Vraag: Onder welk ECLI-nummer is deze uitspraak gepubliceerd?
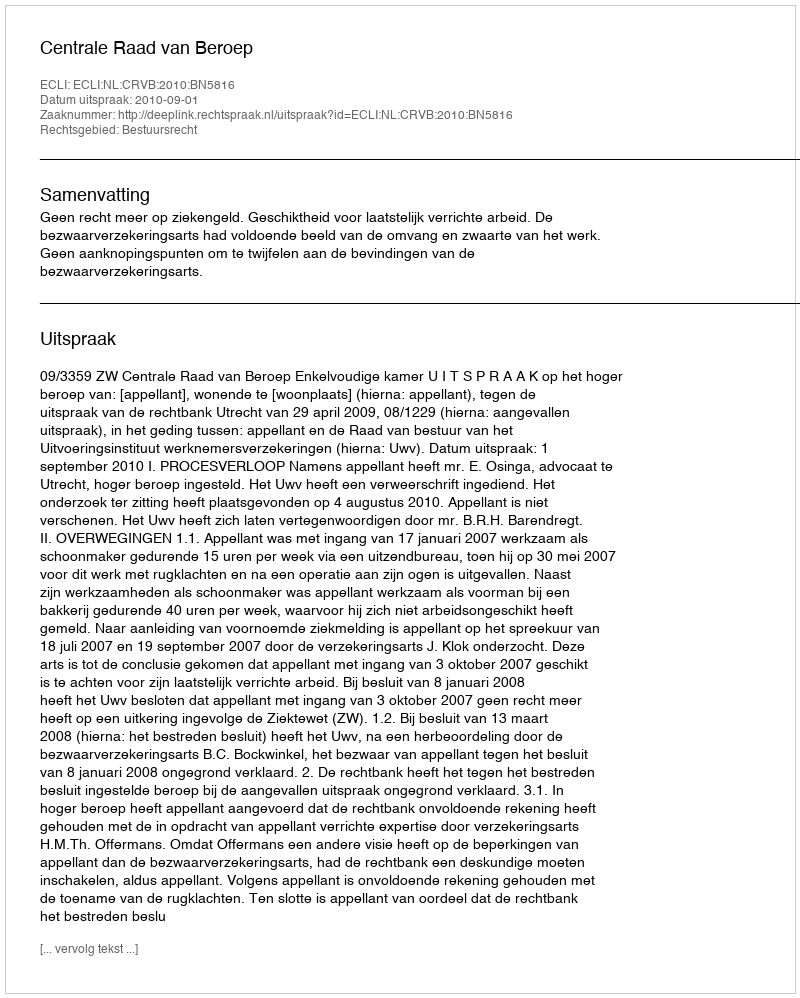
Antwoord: ECLI:NL:CRVB:2010:BN5816